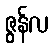
ဇွန်လ